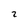
Character: 2